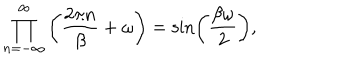
LaTeX: \prod _ { n = - \infty } ^ { \infty } \left( \frac { 2 \pi n } { \beta } + \omega \right) = \sin \left( \frac { \beta \omega } { 2 } \right) ,